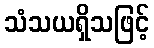
သံသယရှိသဖြင့်